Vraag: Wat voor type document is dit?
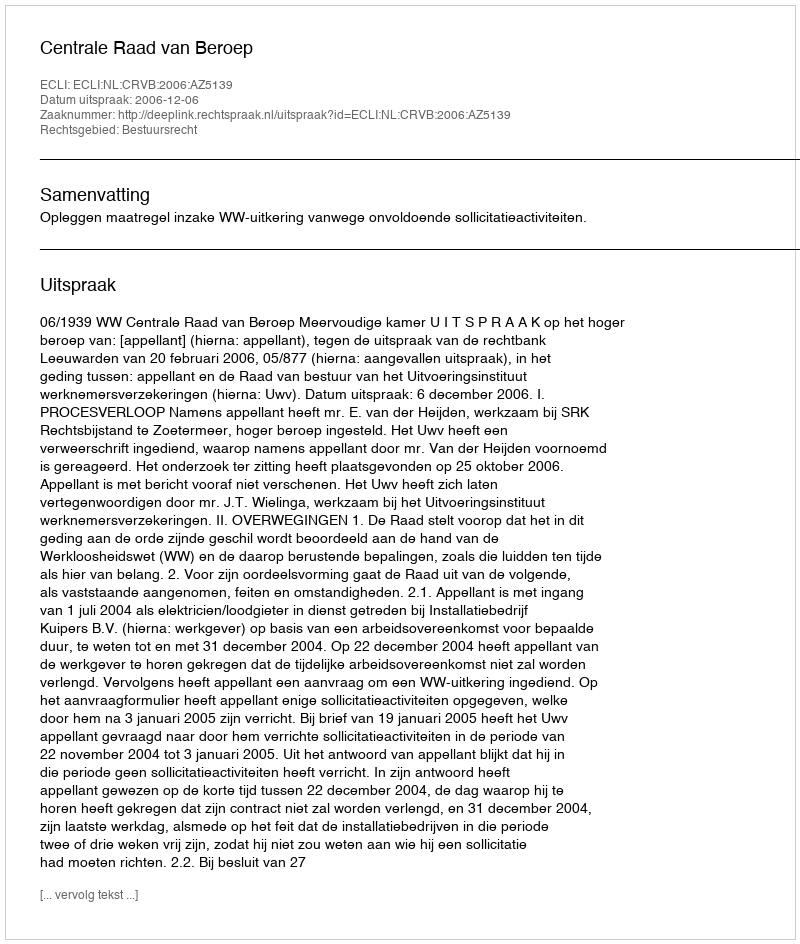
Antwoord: Uitspraak